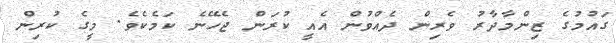
ގައުމުގެ ޒިންމާދާރު ވެރިން ދެއްވުން އެއީ ކުރަން ޖެހޭނެ ކަމެކެވެ. މީގެ ކުރިން